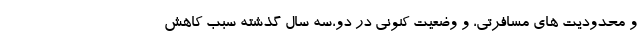
و محدودیت های مسافرتی، و وضعیتِ کنونی در دو،سه سالِ گذشته سبب کاهش